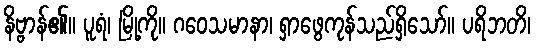
နိဗ္ဗာန်၏။ ပူရံ၊ မြို့ကို။ ဂဝေသမာနာ၊ ရှာဖွေကုန်သည်ရှိသော်။ ပရိဘတိ၊